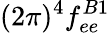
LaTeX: (2\pi)^{4}f_{ee}^{B1}